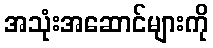
အသုံးအဆောင်များကို